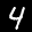
Label: 4